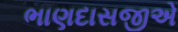
ભાણદાસજીએ